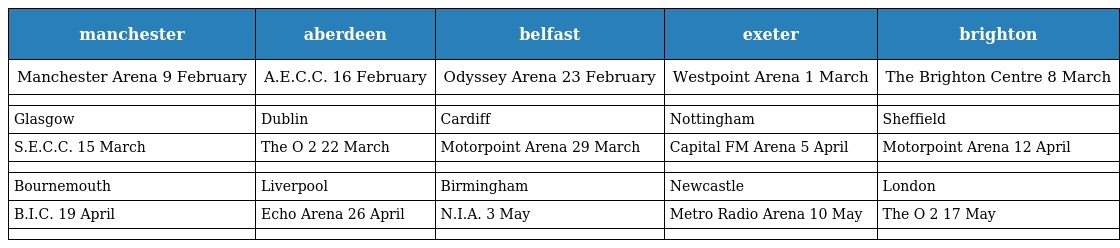
| manchester | aberdeen | belfast | exeter | brighton |
 | --- | --- | --- | --- | --- |
 | Manchester Arena 9 February | A.E.C.C. 16 February | Odyssey Arena 23 February | Westpoint Arena 1 March | The Brighton Centre 8 March |
 |  |  |  |  |  |
 | Glasgow | Dublin | Cardiff | Nottingham | Sheffield |
 | S.E.C.C. 15 March | The O 2 22 March | Motorpoint Arena 29 March | Capital FM Arena 5 April | Motorpoint Arena 12 April |
 |  |  |  |  |  |
 | Bournemouth | Liverpool | Birmingham | Newcastle | London |
 | B.I.C. 19 April | Echo Arena 26 April | N.I.A. 3 May | Metro Radio Arena 10 May | The O 2 17 May |
 |  |  |  |  |  |